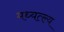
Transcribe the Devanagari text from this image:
मध्यत्ल्य